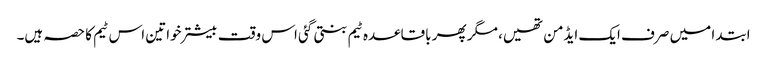
ابتدا میں صرف ایک ایڈمن تھیں، مگر پھر باقاعدہ ٹیم بنتی گئی اس وقت بیشتر خواتین اس ٹیم کا حصہ ہیں۔